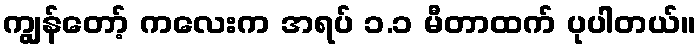
ကျွန်တော့် ကလေးက အရပ် ၁.၁ မီတာထက် ပုပါတယ်။